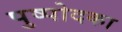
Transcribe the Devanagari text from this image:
पुष्पोदका